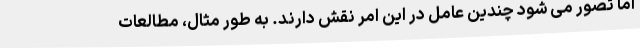
اما تصور می شود چندین عامل در این امر نقش دارند. به طور مثال، مطالعات